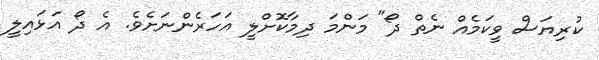
ކުރިޔަސް ވީކަމެއް ނެތް ދޯ" މަންމަ ދިމާކޮށްލީ އަހަރެންނަށެވެ. އެ ދޯ އަޅައިލީ